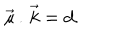
{ \vec { \mu } } \, . \, { \vec { k } } = d .